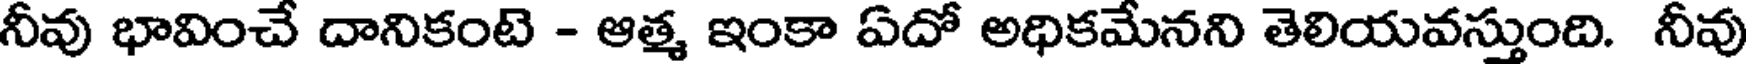
నీవు భావించే దానికంటె - ఆత్మ ఇంకా ఏదో అధికమేనని తెలియవస్తుంది. నీవు